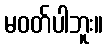
မဝတ်ပါဘူး။